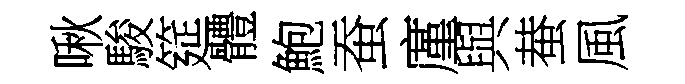
啾駿筵體鮑蚕廑與蛬風